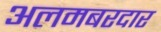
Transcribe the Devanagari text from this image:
अलमबरदार